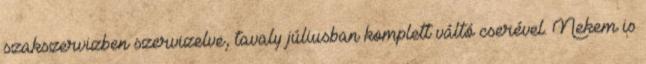
szakszervizben szervizelve, tavaly júliusban komplett váltó cserével. Nekem is